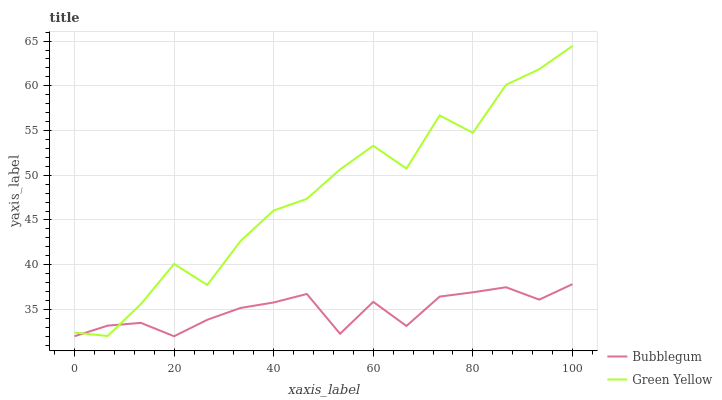
| xaxis_label | Bubblegum | Green Yellow |
 | --- | --- | --- |
 | 0 | 32 | 32.4 |
 | 6.67 | 33.2 | 32 |
 | 13.3 | 33.5 | 35.6 |
 | 20 | 32 | 40.1 |
 | 26.7 | 33.8 | 37.7 |
 | 33.3 | 35.2 | 42.6 |
 | 40 | 35.8 | 46.1 |
 | 46.7 | 36.7 | 47.4 |
 | 53.3 | 32.3 | 50.7 |
 | 60 | 35.8 | 53.3 |
 | 66.7 | 33.1 | 50.7 |
 | 73.3 | 36.4 | 56.7 |
 | 80 | 36.9 | 54.7 |
 | 86.7 | 37.5 | 60.1 |
 | 93.3 | 36.1 | 61.9 |
 | 100 | 37.8 | 64.5 |